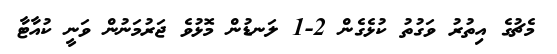
މެޗުގެ އިތުރު ވަގުތު ކުޅެގެން 2-1 ލަނޑުން މޮޅުވެ ޖަރުމަނުން ވަނީ ކުއާޓާ